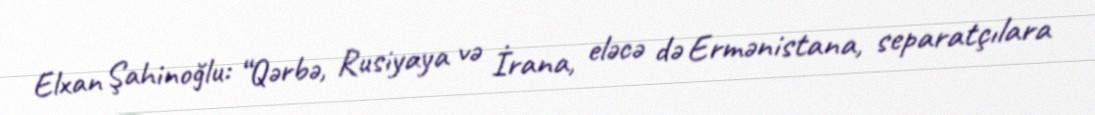
Elxan Şahinoğlu: “Qərbə, Rusiyaya və İrana, eləcə də Ermənistana, separatçılara